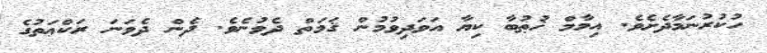
ހުކުރުނަމާދެށެވެ. އިމާމް ޚުޠުބާ ކިޔާ އަވަދިވުމުން ޤަމަތް ދެވުނެވެ. ދެން ދެވަނަ ރަކްޢަތުގެ